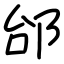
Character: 邰